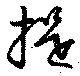
提